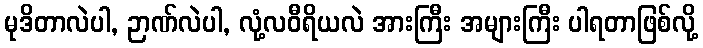
မုဒိတာလဲပါ, ဉာဏ်လဲပါ, လုံ့လဝီရိယလဲ အားကြီး အများကြီး ပါရတာဖြစ်လို့